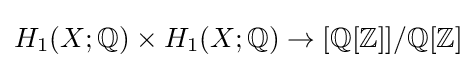
H_{1}(X;\mathbb {Q} )\times H_{1}(X;\mathbb {Q} )\to [\mathbb {Q} [\mathbb {Z} ]]/\mathbb {Q} [\mathbb {Z} ]